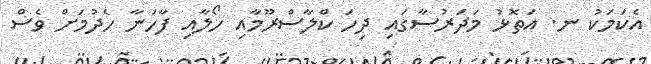
އެކަމަކު ނ. އަތޮޅު މަދަރުސާގައި ދިހަ ކްލާސްރޫމާއި ހޯލާއި ފާހަނާ ހެދުމަށް ވެސް